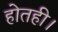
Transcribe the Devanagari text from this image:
होतही।